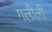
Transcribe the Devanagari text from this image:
गलीली